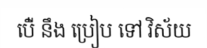
បើ់ នឹង ប្រៀប ទៅ វិស័យ